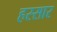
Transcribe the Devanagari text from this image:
हस्सार